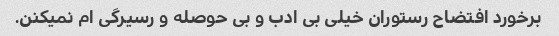
برخورد افتضاح رستوران خیلی بی ادب و بی حوصله و رسیرگی ام نمیکنن.